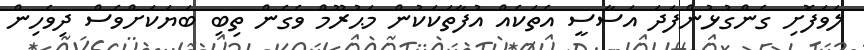
ލަވަފޮށި ގެންގުޅުންފަދަ އަސާސީ އެތަކެއް އުފާތަކަކުން މަޙުރޫމް ވެގެން ތިބި ބަޔަކަށްވެސް ދިވެހިން